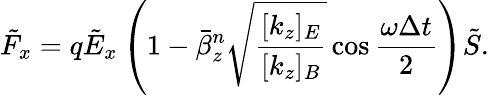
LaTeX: \tilde{F}_{x}=q\tilde{E}_{x}\left(1-\bar{\beta}_{z}^{n}\sqrt{\frac{[k_{z}]_{E}}{[k_{z}]_{B}}}\cos\frac{\omega\Delta t}{2}\right)\tilde{S}.